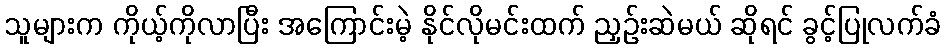
သူများက ကိုယ့်ကိုလာပြီး အကြောင်းမဲ့ နိုင်လိုမင်းထက် ညှဉ်းဆဲမယ် ဆိုရင် ခွင့်ပြုလက်ခံ